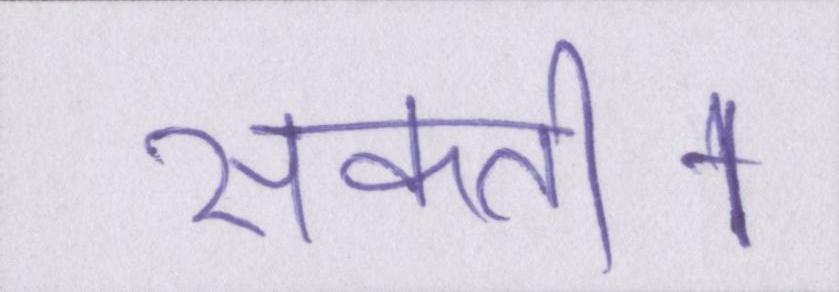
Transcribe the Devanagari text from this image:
सकती।